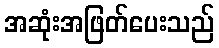
အဆုံးအဖြတ်ပေးသည်